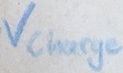
Text: Vcharge